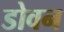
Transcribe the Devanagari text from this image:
डोवन